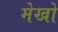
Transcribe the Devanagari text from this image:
मेखो